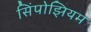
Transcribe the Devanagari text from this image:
सिंपोझियम